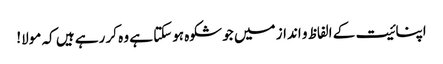
اپنائیت کے الفاظ و انداز میں جو شکوہ ہوسکتا ہے وہ کر رہے ہیں کہ مولا!